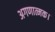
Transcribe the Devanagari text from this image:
अगणात्मक।